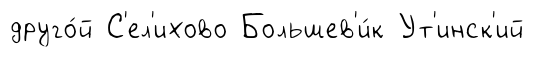
друго́й С'ел'ихово Большев'и́к Ут'инск'ий